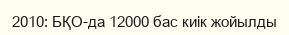
2010: БҚО-да 12000 бас киік жойылды